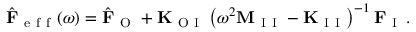
\hat { \mathbf { F } } _ { \mathrm { ~ e ~ f ~ f ~ } } ( \omega ) = \hat { \mathbf { F } } _ { \mathrm { ~ O ~ } } + \mathbf { K } _ { \mathrm { ~ O ~ I ~ } } \left( \omega ^ { 2 } \mathbf { M } _ { \mathrm { ~ I ~ I ~ } } - \mathbf { K } _ { \mathrm { ~ I ~ I ~ } } \right) ^ { - 1 } \mathbf { F } _ { \mathrm { ~ I ~ } } \, .